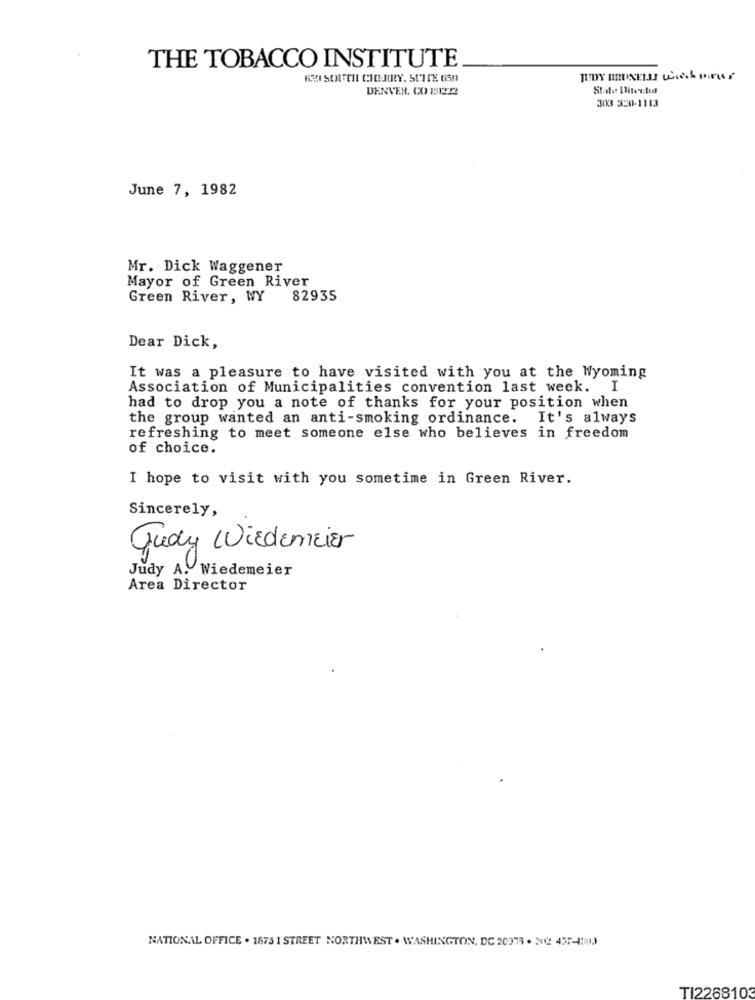
THE TOBACCO INSTITUTE
KR SOUTH CHERRY. SUTTE GSM
DENVER. CO DIE !!
303 320-1113
June 7, 1982
Mr. Dick Waggener
Mayor of Green River
Green River, WY
82935
Dear Dick,
It was a pleasure to have visited with you at the Wyoming
Association of Municipalities convention last week. I
had to drop you a note of thanks for your position when
the group wanted an anti-smoking ordinance. It's always
refreshing to meet someone else who believes in freedom
of choice.
I hope to visit with you sometime in Green River.
Sincerely,
Judy WirdemEier
Judy A. Wiedemeier
Area Director
NATIONAL OFFICE . 1873 1 STREET NORTHWEST . WASHINGTON, DC 209771 . 202 45374500
TI2268103